Lunatic asylums in Bengal annual reports 1888-1898 - 1888-1898
Year: 1888
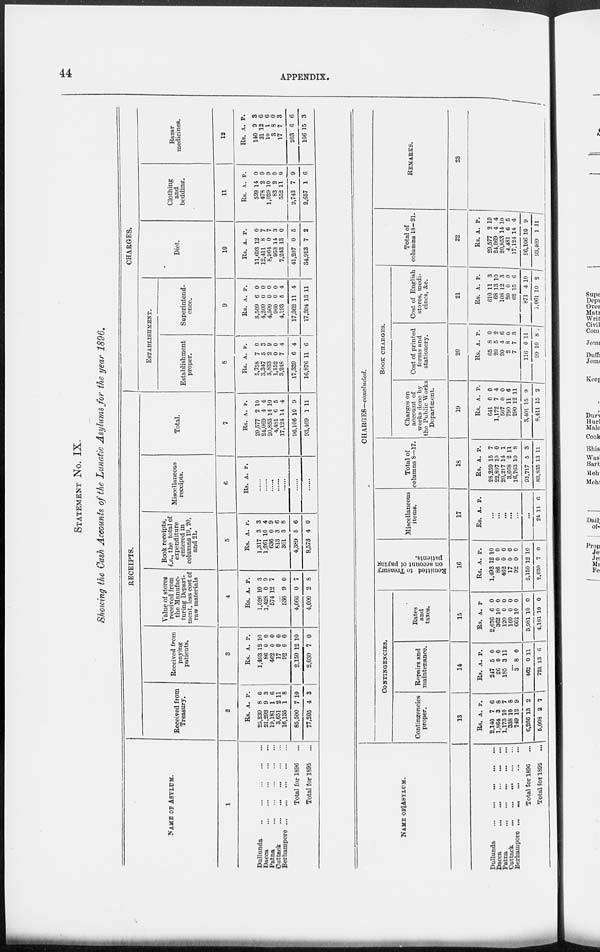
44
APPENDIX.
STATEMENT No. IX.
Showing the Cash Accounts of the Lunatic Asylums for the year 1896.
NAME OF ASYLUM.
1
Dullunda
...
...
...
...
...
Dacca
...
...
...
...
...
Patna
...
...
...
...
...
Cuttack
...
...
...
...
...
Berhampore
...
...
...
...
...
Total for 1896 ...
Total for 1895 ...
RECEIPTS.
Received from
Treasury.
2
Rs.
25,239
21,293
19,181
3,651
16,135
85,500
77,205
A.
8
9
1
2
1
7
4
P.
6
3
6
11
8
10
3
Received from
paying
patients.
3
Rs.
1,493
86
462
17
92
2,150
2,030
A.
12
0 0
0
0
12
7
P.
10
0
0
0
0
10
0
Value of stores
received from
the Manufac-
turing Depart-
ment, lees cost of
raw materials
4
Rs.
1,526
1,428
574
A.
10
0
12
P.
3
9
7
...
536
4,066
4,600
9
0
2
0
7
8
Book receipts,
i.e., the total of
expenditure
entered in
columns 19, 20,
and 21.
5
Rs.
1,317
1,261
636
813
361
4,389
9,573
A.
3
10
0
3
3
5
4
P.
3
4
9
6
8
6
0
Miscellaneous
receipts.
6
Rs. A. P.
......
......
......
......
......
......
......
Total.
7
Rs.
29,577
24,069
20,853
4,481
17,124
96,106
93,409
A.
2
4
14
6
14
10
1
P.
10
4
10
5
4
9
11
CHARGES.
ESTABLISHMENT.
Establishment
proper.
8
Rs.
5,758
3,347
3,833
1,152
3,248
17,339
16,876
A.
7
5
2
0
7
6
11
P.
0
3
9
0
4
4
6
Superintend-
ence.
9
Rs.
3,509
4,200
4,500
960
4,193
17,362
17,394
A.
6
0
0
0
5
11
13
P.
0
0
0
0
4
4
11
Diet.
10
Rs.
11,693
12,411
8,904
953
7,243
41,207
34,913
A.
12
8
0
14
13
0
7
P.
0
7
7
3
0
5
2
Clothing
and
bedding.
11
Rs.
599
478
1,029
83
552
2,743
2,657
A.
14
2
10
2
11
7
1
P.
0
0
9
0
0
9
6
Bazar
medicines.
12
Rs.
140
31
10
3
17
203
106
A.
9
12
1
8
7
6
15
P.
3
6
6
0
3
6
3
NAME OF ASYLUM.
Dullunda
...
...
...
...
...
Dacca
...
...
...
...
...
Patna
...
...
...
...
...
Cuttack
...
...
...
...
...
Berhampore ...
...
...
...
...
Total for 1896 ...
Total lot 1895 ...
CHARGES—concluded.
CONTINGENCIES.
Contingencies
proper.
13
Rs.
2,140
1,864
1,173
338
749
6,266
5,008
A.
7
3
10
10
12
13
2
P.
6
8
7
8
9
2
7
Repairs and
maintenance.
14
Rs.
247
26
185
A.
5
0
3
P.
0
0
11
...
3
462
721
8
0
13
0
11
6
Rates
and
taxes.
15
Rs.
2,676
362
120
160
662
3,981
4,101
A.
6
10
0
0
10
10
10
P
0
0
0
0
0
0
0
Remitted to Treasury
on account of paying
patients.
16
Rs.
1,493
86
462
17
92
2,150
2,030
A.
12
0
0
0
0
12
7
P.
10
0
0
0
0
10
0
Miscellaneous
items.
17
Rs. A. P.
...
...
...
...
...
...
24 11 6
Total of
columns 8—17.
18
Rs.
28,259
22,807
20,217
3,668
16,763
91,717
83,835
A.
15
10
14
2
10
5
13
P.
7
0
1
11
8
3
11
BOOK CHARGES.
Charges on
account of
works done by
the Public Works
Department.
19
Rs.
641
1,172
507
790
290
3,401
8,411
A
0
7
0
11
12
15
15
P.
0
4
0
6
11
9
2
Cost of printed
forms and
stationery.
20
Rs.
65
20
20
2
7
116
99
A.
8
5
4
8
7
0
10
P.
0
2
6
0
3
11
8
Cost of English
stores, medi-
cines, &c.
21
Rs.
610
68
108
20
62
871
1,061
A.
11
13
12
0
15
4
10
P.
3
10
3
0
6
10
2
Total of
columns 18—21.
22
Rs.
29,577
24,069
20,853
4,481
17,124
96,106
93,409
A.
2
4
14
6
14
10
1
P.
10
4
10
5
4
9
11
REMARKS.
23